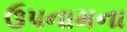
ઉપનામના